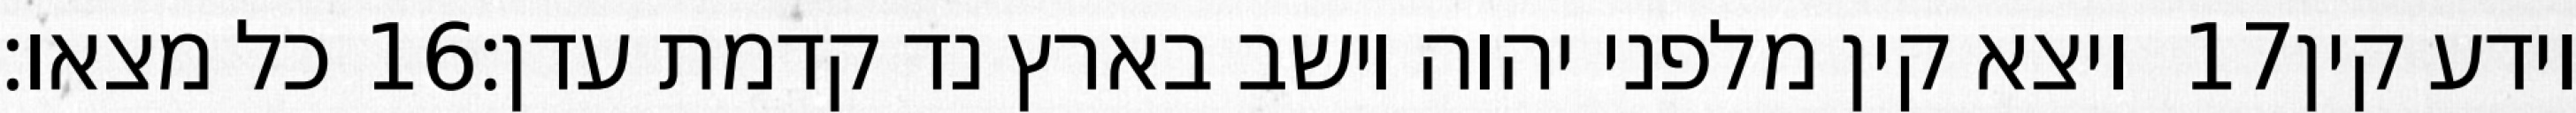
כל מצאו׃ ‎16‏ ויצא קין מלפני יהוה וישב בארץ נד קדמת עדן׃ ‎17‏ וידע קין